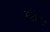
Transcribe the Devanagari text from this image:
मटोपो